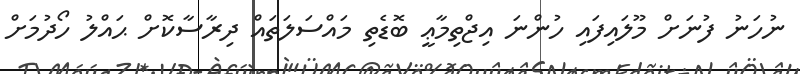
ނުހަނު ފުނަށް މޫލައިފައި ހުންނަ އިޖްތިމާޢީ ބޮޑެތި މައްސަލަތައް ދިރާސާކޮށް ޙައްލު ހޯދުމަށް